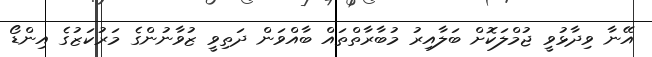
އޭނާ ވިދާޅުވީ ޖުމްލަކޮށް ބަލާއިރު މުބާރާތްތައް ބާއްވަން ދަތިވީ ޒުވާނުންގެ މަރުކަޒުގެ އިންޑޯ